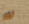
بومر